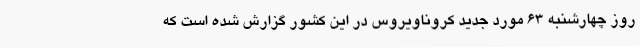
روز چهارشنبه 63 مورد جدید کروناویروس در این کشور گزارش شده است که